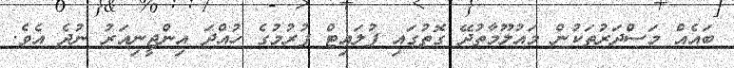
ބައެއް މަސްދަރުތަކުން މައުލޫމާތުދޭ ގޮތުގައި ފުލައިޓް ފުރުމުގެ ހުއްދަ އިންޖީނިއަރު ނުދެ އެވެ.